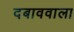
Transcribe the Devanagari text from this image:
दबाववाला